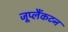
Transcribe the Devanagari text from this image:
जूप्लैंकटन